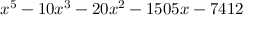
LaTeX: x ^ { 5 } - 1 0 x ^ { 3 } - 2 0 x ^ { 2 } - 1 5 0 5 x - 7 4 1 2